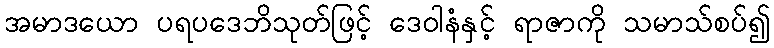
အမာဒယော ပရပဒေဘိသုတ်ဖြင့် ဒေဝါနံနှင့် ရာဇာကို သမာသ်စပ်၍